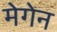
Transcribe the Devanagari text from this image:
मेगेन